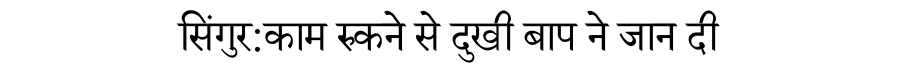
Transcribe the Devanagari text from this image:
सिंगुर:काम रुकने से दुखी बाप ने जान दी